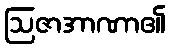
ဩဇာအာဏာ၏